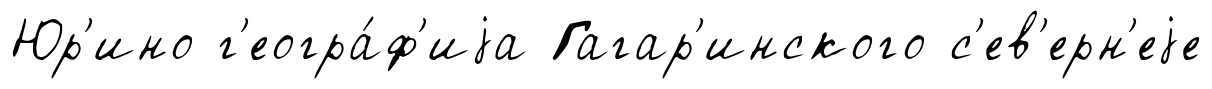
Юр'ино г'еогра́ф'иjа Гагар'инского с'ев'ерн'еjе